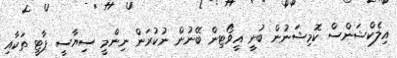
އިލެކްޝަންސް ކޮމިޝަނުން ބުނީ އީވޯޓިން ބޭނުން ނުކުރަން ނިންމީ ސިޔާސީ ޕާޓީ ތަކާއި